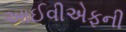
આઈવીએફની